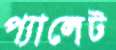
প্যালেট